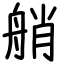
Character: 艄